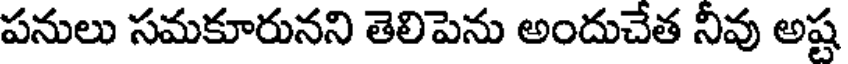
పనులు సమకూరునని తెలిపెను అందుచేత నీవు అష్ట